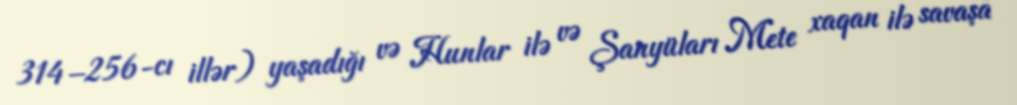
314–256-cı illər) yaşadığı və Hunlar ilə və Şanyüları Mete xaqan ilə savaşa